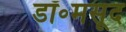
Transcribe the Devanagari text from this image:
डॉ॰मसूद